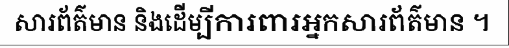
សារព័ត៌មាន និងដើម្បីការពារអ្នកសារព័ត៌មាន ។